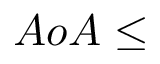
A o A \le